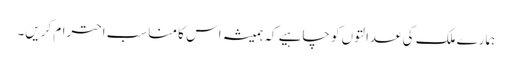
ہمارے ملک کی عدالتوں کو چاہیے کہ ہمیشہ اس کا مناسب احترام کریں۔